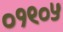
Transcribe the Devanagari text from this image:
०१९०५